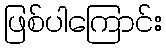
ဖြစ်ပါကြောင်း